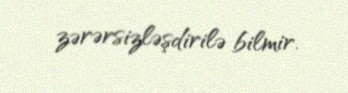
zərərsizləşdirilə bilmir.